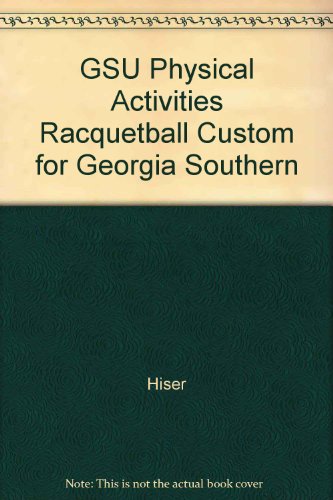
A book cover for GSU Physical Activities Racquetball Custom for Georgia Southern; Hiser; Sports & Outdoors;